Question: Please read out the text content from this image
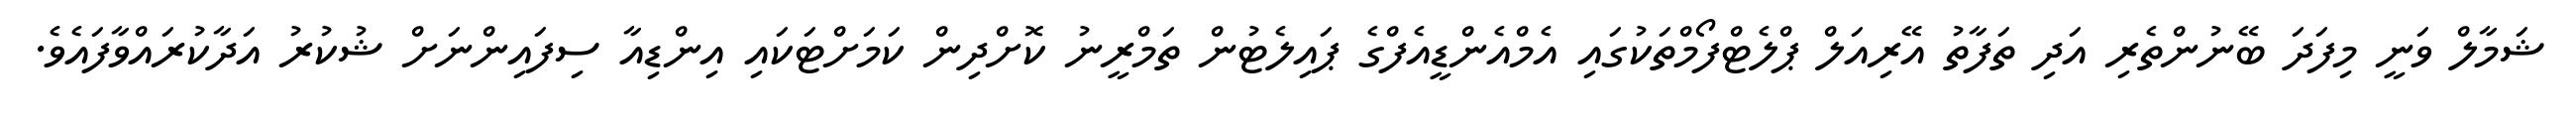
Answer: ޝަމާލް ވަނީ މިފަދަ ބޭނުންތެރި އަދި ތަފާތު އޭރިއަލް ޕްލެޓްފޯމްތަކުގައި އެމްއެންޑީއެފްގެ ޕައިލެޓުން ތަމްރީނު ކޮށްދިން ކަމަށްޓަކައި އިންޑިއާ ސިފައިންނަށް ޝުކުރު އަދާކުރައްވާފައެވެ.